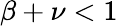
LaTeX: \beta+\nu<1